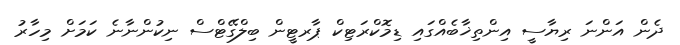
ދެން އަންނަ ރިޔާސީ އިންތިޚާބެއްގައި ޑިމޮކްރަޓިކް ޕާރޓީން ބިލްގޭޓްސް ނިކުންނާނެ ކަމަށް މިހާރު